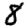
Digit: 8